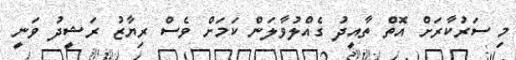
މި ސަރުކާރަށް އޮތް ތާއީދު ގެއްލުވާލަން ކަމަށް ވެސް ރިޔާޒު ރަޝީދު ވަނީ